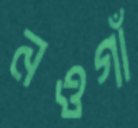
নওগাঁ